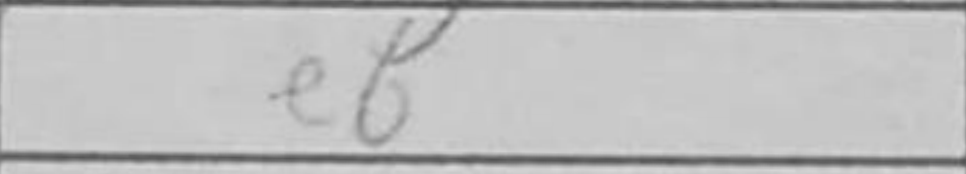
Transcription: e6